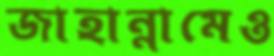
জাহান্নামেও